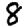
Digit: 8